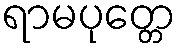
ရာမပုတ္တေ